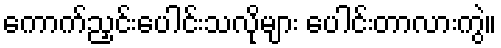
ကောက်ညှင်းပေါင်းသလိုများ ပေါင်းတာလားကွဲ။